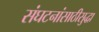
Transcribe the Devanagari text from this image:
संघटनांसाठीसुद्धा